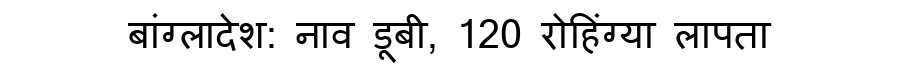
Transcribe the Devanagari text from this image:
बांग्लादेश: नाव डूबी, 120 रोहिंग्या लापता